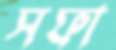
সফা